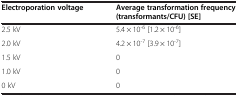
<table><thead><tr><td><b>Electroporation voltage</b></td><td><b>Average transformation frequency (transformants/CFU) [SE]</b></td></tr></thead><tbody><tr><td>2.5 kV</td><td>5.4 × 10<sup>-6</sup> [1.2 × 10<sup>-6</sup>]</td></tr><tr><td>2.0 kV</td><td>4.2 × 10<sup>-7</sup> [3.9 × 10<sup>-7</sup>]</td></tr><tr><td>1.5 kV</td><td>0</td></tr><tr><td>1.0 kV</td><td>0</td></tr><tr><td>0 kV</td><td>0</td></tr></tbody></table>